Vaccine operations Central Provinces 1868-1885 - 1868-1885
Year: 1868
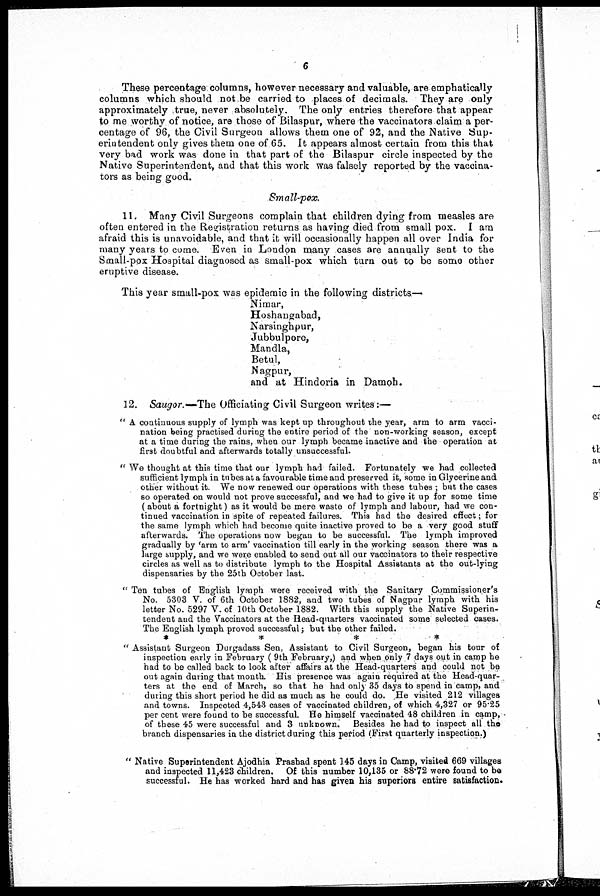
6
These percentage columns, however necessary and valuable, are emphatically
columns which should not be carried to places of decimals. They are only
approximately true, never absolutely. The only entries therefore that appear
to me worthy of notice, are those of Bilaspur, where the vaccinators claim a per-
centage of 96, the Civil Surgeon allows them one of 92, and the Native Sup-
erintendent only gives them one of 65. It appears almost certain from this that
very bad work was done in that part of the Bilaspur circle inspected by the
Native Superintendent, and that this work was falsely reported by the vaccina-
tors as being good.
Small-pox.
11. Many Civil Surgeons complain that children dying from measles are
often entered in the Registration returns as having died from small pox. I am
afraid this is unavoidable, and that it will occasionally happen all over India for
many years to come. Even in London many cases are annually sent to the
Small-pox Hospital diagnosed as small-pox which turn out to be some other
eruptive disease.
This year small-pox was epidemic in the following districts—
Nimar,
Hoshangabad,
Narsinghpur,
Jubbulpore,
Mandla,
Betul,
Nagpur,
and at Hindoria in Damoh.
12. Saugor.—The Officiating Civil Surgeon writes:—
" A continuous supply of lymph was kept up throughout the year, arm to arm vacci-
nation being practised during the entire period of the non-working season, except
at a time during the rains, when our lymph became inactive and the operation at
first doubtful and afterwards totally unsuccessful.
" We thought at this time that our lymph had failed. Fortunately we had collected
sufficient lymph in tubes at a favourable time and preserved it, some in Glycerine and
other without it. We now renewed our operations with these tubes ; but the cases
so operated on would not prove successful, and we had to give it up for some time
(about a fortnight) as it would be mere waste of lymph and labour, had we con-
tinued vaccination in spite of repeated failures. This had the desired effect; for
the same lymph which had become quite inactive proved to be a very good stuff
afterwards. The operations now began to be successful. The lymph improved
gradually by 'arm to arm' vaccination till early in the working season there was a
large supply, and we were enabled to send out all our vaccinators to their respective
circles as well as to distribute lymph to the Hospital Assistants at the out-lying
dispensaries by the 25th October last.
" Ten tubes of English lymph were received with the Sanitary Commissioner's
No. 5303 V. of 6th October 1882, and two tubes of Nagpur lymph with his
letter No. 5297 V. of 10th October 1882. With this supply the Native Superin-
tendent and the Vaccinators at the Head-quarters vaccinated some selected cases.
The English lymph proved successful; but the other failed.
*
*
*
*
" Assistant Surgeon Durgadass Sen, Assistant to Civil Surgeon, began his tour of
inspection early in February (9th February,) and when only 7 days out in camp he
had to be called back to look after affairs at the Head-quarters and could not be
out again during that month. His presence was again required at the Head-quar-
ters at the end of March, so that he had only 35 days to spend in camp, and
during this short period he did as much as he could do. He visited 212 villages
and towns. Inspected 4,543 cases of vaccinated children, of which 4,327 or 95.25
per cent were found to be successful. He himself vaccinated 48 children in camp,
of these 45 were successful and 3 unknown. Besides he had to inspect all the
branch dispensaries in the district during this period (First quarterly inspection.)
" Native Superintendent Ajodhia Prashad spent 145 days in Camp, visited 669 villages
and inspected 11,423 children. Of this number 10,135 or 88.72 were found to be
successful. He has worked hard and has given his superiors entire satisfaction.